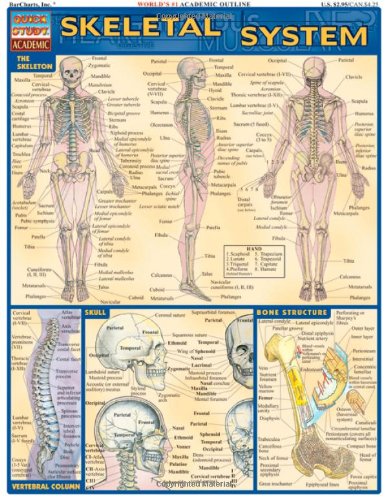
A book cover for Skeletal System (Quickstudy: Academic); Inc. BarCharts; Medical Books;